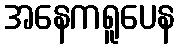
အနေကရူပေန